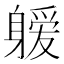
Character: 𰹆